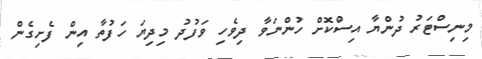
މިނިސްޓަރު ދުންޔާ އިސްކޮށް ހުންނަވާ ދިވެހި ވަފުދު މިދިޔަ ހަފުތާ އިން ފެށިގެން